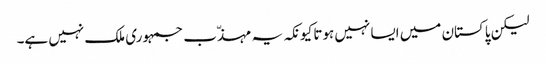
لیکن پاکستان میں ایسا نہیں ہوتا کیونکہ یہ مہذّب جمہوری ملک نہیں ہے۔